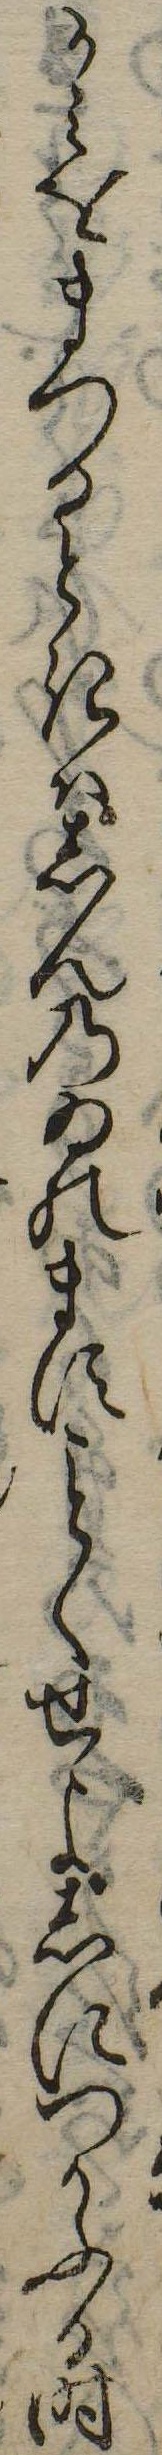
かみをまつるときはしんのゐのますくせよしにつかふる時